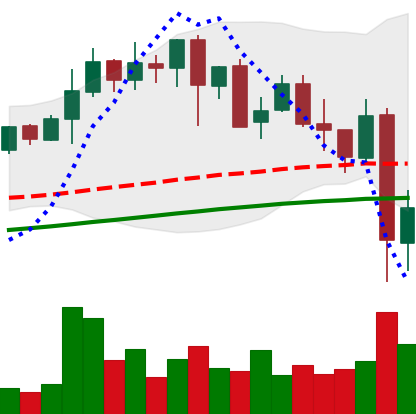
Ticker: LINK-USD
Chart end date: 2021-05-20
Forward return: -10.238%
Label: down_7plus